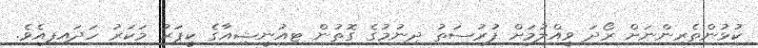
ކުޅުންތެރިންނަށް ރޯދަ ވީއްލުމަށް ފުރުސަތު ދިނުމުގެ ގޮތުން ޓިއުނީޝިއާގެ ކީޕަރު މަކަރު ހަދައިފިއެވެ.